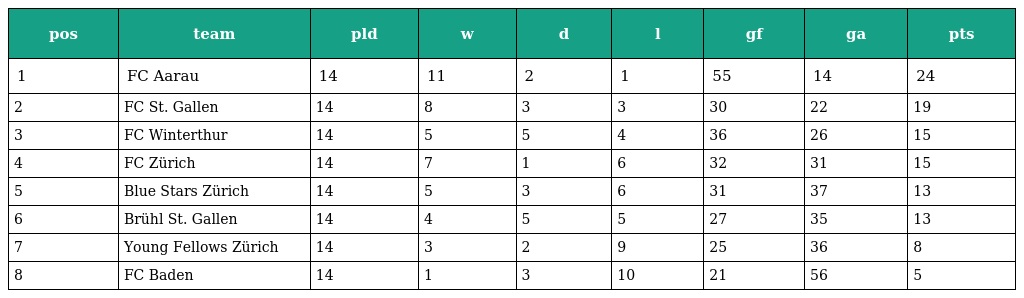
| pos | team | pld | w | d | l | gf | ga | pts |
 | --- | --- | --- | --- | --- | --- | --- | --- | --- |
 | 1 | FC Aarau | 14 | 11 | 2 | 1 | 55 | 14 | 24 |
 | 2 | FC St. Gallen | 14 | 8 | 3 | 3 | 30 | 22 | 19 |
 | 3 | FC Winterthur | 14 | 5 | 5 | 4 | 36 | 26 | 15 |
 | 4 | FC Zürich | 14 | 7 | 1 | 6 | 32 | 31 | 15 |
 | 5 | Blue Stars Zürich | 14 | 5 | 3 | 6 | 31 | 37 | 13 |
 | 6 | Brühl St. Gallen | 14 | 4 | 5 | 5 | 27 | 35 | 13 |
 | 7 | Young Fellows Zürich | 14 | 3 | 2 | 9 | 25 | 36 | 8 |
 | 8 | FC Baden | 14 | 1 | 3 | 10 | 21 | 56 | 5 |